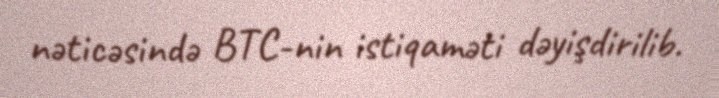
nəticəsində BTC-nin istiqaməti dəyişdirilib.